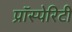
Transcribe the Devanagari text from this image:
प्रॉस्पेरिटी